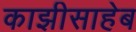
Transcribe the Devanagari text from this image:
काझीसाहेब